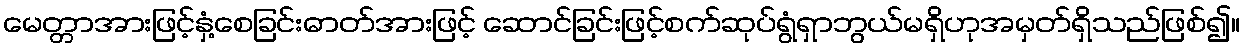
မေတ္တာအားဖြင့်နှံ့စေခြင်းဓာတ်အားဖြင့် ဆောင်ခြင်းဖြင့်စက်ဆုပ်ရွံရှာဘွယ်မရှိဟုအမှတ်ရှိသည်ဖြစ်၍။